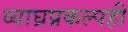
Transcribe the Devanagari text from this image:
व्याघ्रप्रकल्पही